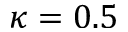
\kappa = 0 . 5